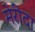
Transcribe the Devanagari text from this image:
मेरीदा